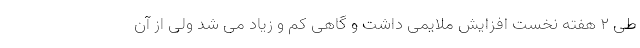
طی ۲ هفته نخست افزایش ملایمی داشت و گاهی کم و زیاد می شد ولی از آن